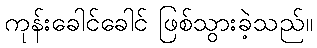
ကုန်းခေါင်ခေါင် ဖြစ်သွားခဲ့သည်။